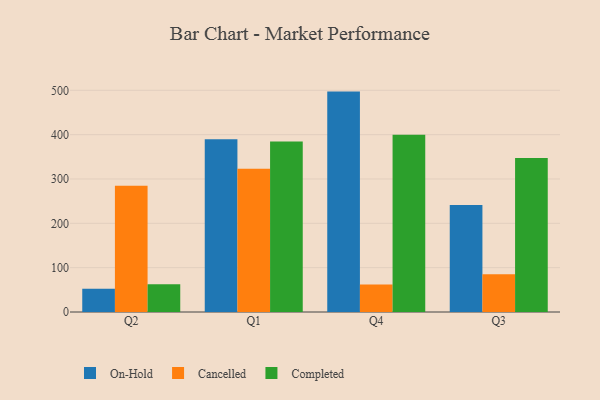
{"axis": {"x": "Quarter", "y": "Satisfaction Score"}, "legend": ["Cancelled", "Completed", "On-Hold"], "data": [{"x": "Q2", "y": 52.4, "type": "On-Hold"}, {"x": "Q2", "y": 284.7, "type": "Cancelled"}, {"x": "Q2", "y": 62.4, "type": "Completed"}, {"x": "Q1", "y": 389.5, "type": "On-Hold"}, {"x": "Q1", "y": 323.2, "type": "Cancelled"}, {"x": "Q1", "y": 384.5, "type": "Completed"}, {"x": "Q4", "y": 497.1, "type": "On-Hold"}, {"x": "Q4", "y": 62.0, "type": "Cancelled"}, {"x": "Q4", "y": 399.5, "type": "Completed"}, {"x": "Q3", "y": 241.2, "type": "On-Hold"}, {"x": "Q3", "y": 84.9, "type": "Cancelled"}, {"x": "Q3", "y": 347.3, "type": "Completed"}]}